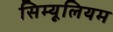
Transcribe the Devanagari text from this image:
सिम्यूलियम